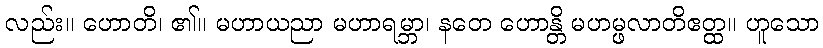
လည်း။ ဟောတိ၊ ၏။ မဟာယညာ မဟာရမ္ဘာ၊ နတေ ဟောန္တိ မဟမ္ဖလာတိဧတ္ထ။ ဟူသော